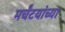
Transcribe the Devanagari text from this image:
मर्चंटयांच्या